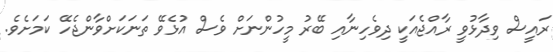
ރައީސް ވިދާޅުވީ ރާއްޖެއަކީ ދިވެހިނާއި ބޭރު މީހުންނަށް ވެސް އުޅެވޭ ތަނަކަށްވާންޖެހޭ ކަމަށެވެ.